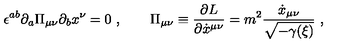
\epsilon ^ { a b } \partial _ { a } \Pi _ { \mu \nu } \partial _ { b } x ^ { \nu } = 0 \ , \qquad \Pi _ { \mu \nu } \equiv { \frac { \partial L } { \partial \dot { x } ^ { \mu \nu } } } = m ^ { 2 } { \frac { \dot { x } _ { \mu \nu } } { \sqrt { - \gamma ( { \xi } ) } } } \ ,